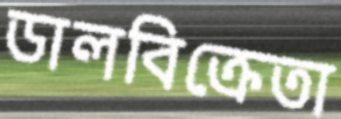
ডালবিক্রেতা